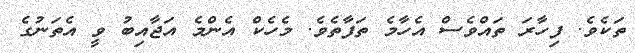
ތަކެވެ. ފިހާރަ ތައްވެސް އެހާމެ ތަފާތެވެ. މެހެކް އެންމެ އަޖާއިބު ވީ އެތަނުގެ